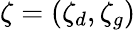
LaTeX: \zeta=(\zeta_{d},\zeta_{g})